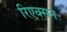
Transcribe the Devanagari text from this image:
रिएक्सन